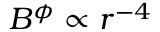
B ^ { \phi } \propto r ^ { - 4 }